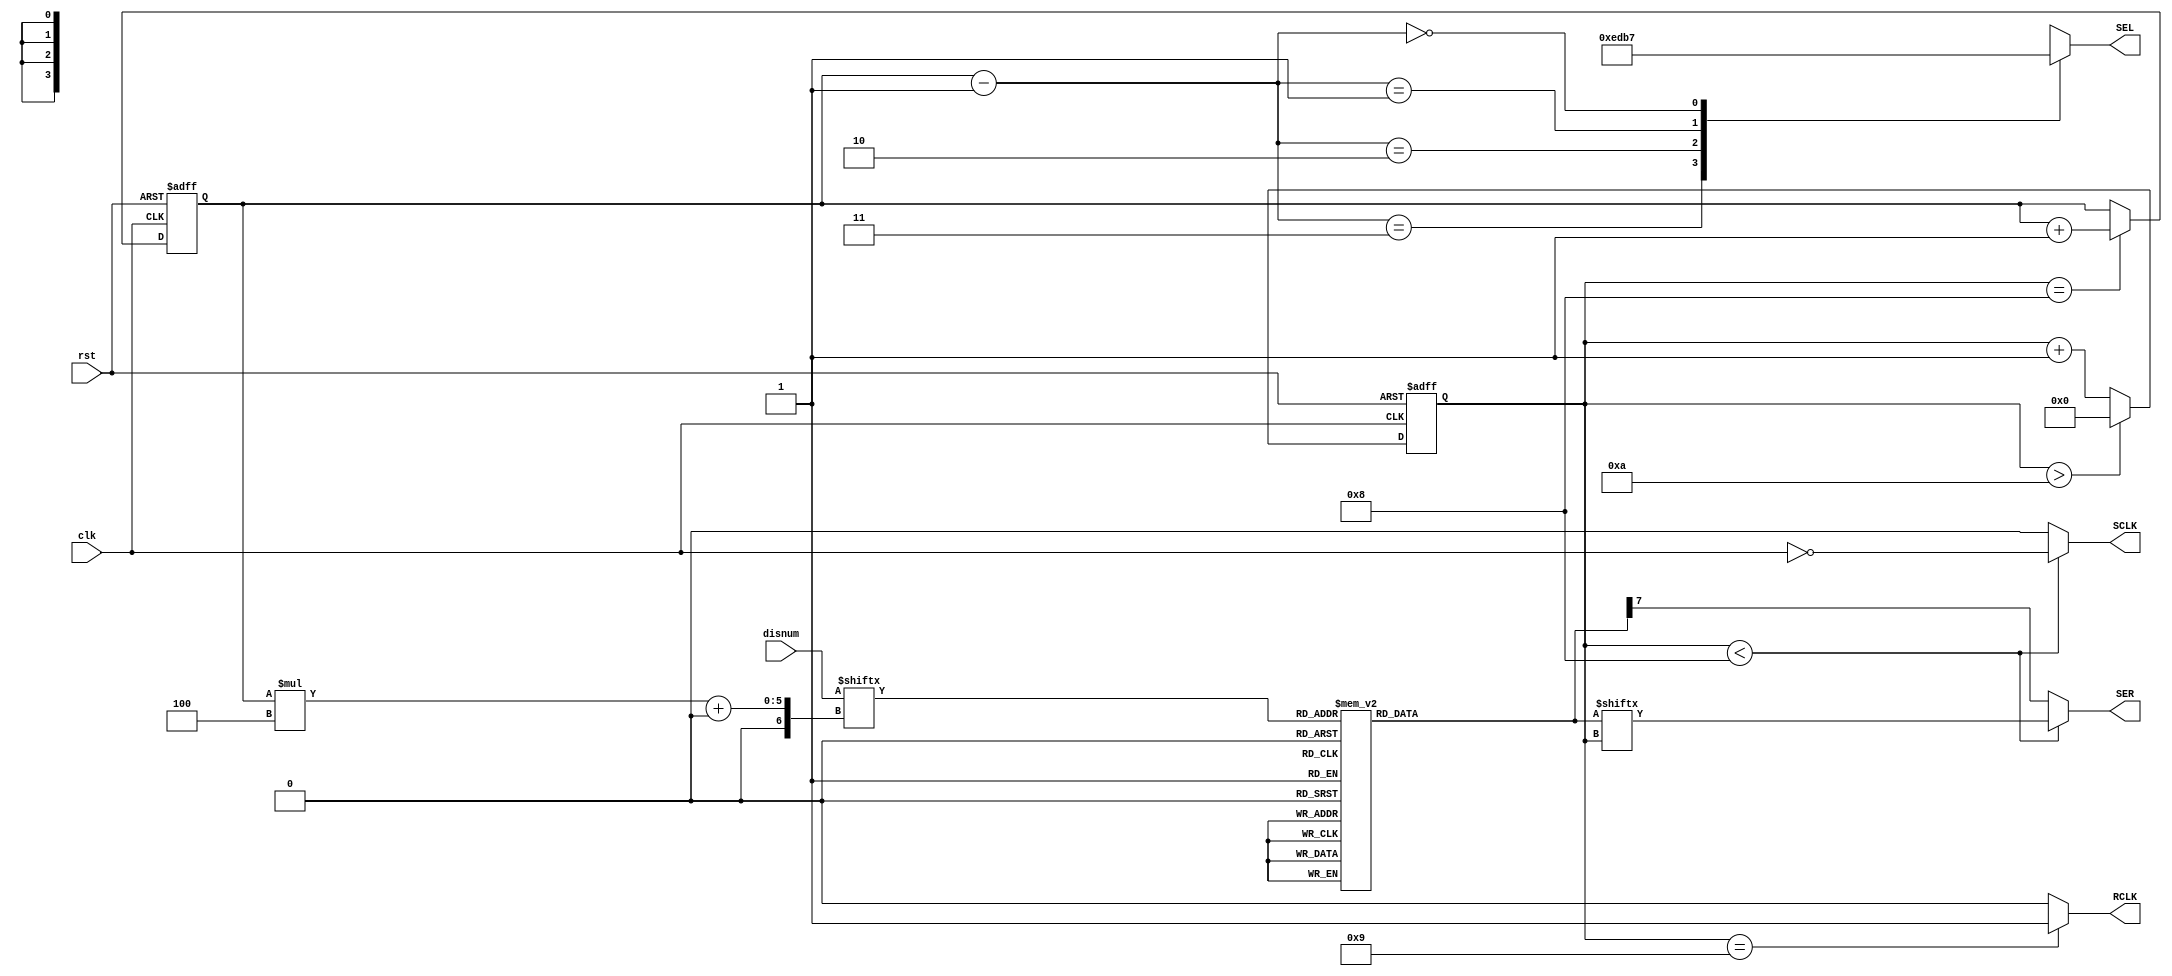

module seg(clk,SEL,disnum,rst,SCLK,RCLK,SER);

input                   clk;//1khz
input           [15:0]  disnum;
//{disnum3,disnum2,disnum1,disnum0}
output                  SER;
output                  SCLK;
output                  RCLK;
output           [3:0]  SEL;
input                   rst;


wire [4:0]   dis1bit;
reg [1:0]   cnt = 3'b0;
reg [7:0]   sel;
reg [7:0]   dig;
reg [3:0]   cntClkDiv = 4'd0;

assign SCLK = (cntClkDiv < 4'd8) ? ~clk : 1'b0;
assign SEL = sel;
assign RCLK = (cntClkDiv == 4'd9) ? 1'b1 : 1'b0;
assign SER = (cntClkDiv < 4'd8) ? dig[cntClkDiv] : dig[7];
assign dis1bit = disnum[cnt*4 +: 4];
//==============clk8Div============//
always @(posedge clk or posedge rst) begin
    if (rst) begin
        // reset
        cntClkDiv <= 3'd0;
    end
    else begin
        if (cntClkDiv > 4'd10) begin
            cntClkDiv <= 4'd0;
        end
        else begin
            cntClkDiv <= cntClkDiv + 4'd1;
        end
    end
end

//==============1bitControl============//
always @(dis1bit) begin
    case(dis1bit)
    //09
        4'd0: dig <= 8'b11111100;
        4'd1: dig <= 8'b01100000;
        4'd2: dig <= 8'b11011010;
        4'd3: dig <= 8'b11110010;
        4'd4: dig <= 8'b01100110;
        4'd5: dig <= 8'b10110110;
        4'd6: dig <= 8'b10111110;
        4'd7: dig <= 8'b11100000;
        4'd8: dig <= 8'b11111110;
        4'd9: dig <= 8'b11110110;
        4'd10: dig <=8'b11101110;
        4'd11: dig <=8'b01101110;
        4'd12: dig <=8'b10011100;
    default : dig <= 8'b00000000;
    endcase
end

//============selCotrol=====================//
always @(cnt) begin
    case(cnt-1'b1)
    //dsp0dsp7
        2'd3:sel<=4'b1110;
        2'd2:sel<=4'b1101;
        2'd1:sel<=4'b1011;
        2'd0:sel<=4'b0111;
    endcase
end
//===============selCnter======================//
always @(posedge clk or posedge rst) begin
    if (rst) begin
        // reset
        cnt <= 3'b0;
    end
    else begin
        if (cntClkDiv == 4'd8) begin
            cnt <= cnt + 1'b1;//
        end
        else begin
            cnt <= cnt;
        end
        
    end
end


endmodule